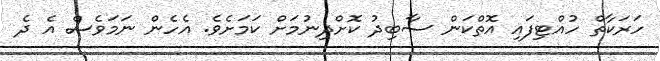
ހަރަކާތް ހުއްޓިފައި އޮތްކަން ސާބިދު ކޮށްދިނުމަށް ކަމަށެވެ. އެހެން ނަމަވެސް އެ ދެ